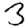
Digit: 3